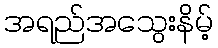
အရည်အသွေးနိမ့်